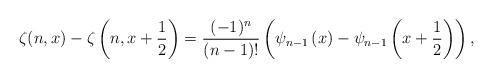
LaTeX: \begin{align*}\zeta(n, x) - \zeta\left(n, x + \frac{1}{2}\right) = \frac{(-1)^{n}}{(n-1)!}\left(\psi_{n-1}\left(x\right) - \psi_{n-1}\left(x + \frac{1}{2}\right)\right),\end{align*}